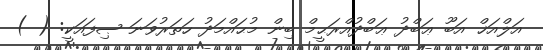
އަލްއަޚް އަބޫ ޢަބްދު ޢަބްދުއްރަޙީމް ބިން މުޙައްމަދު ހަތަރުވަނަ ޞިފައަކީ: ( )